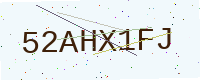
Text: 52AHX1FJ